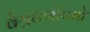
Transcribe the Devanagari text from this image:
वैश्रवणोपमो